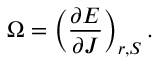
\Omega = \left( \frac { \partial E } { \partial J } \right) _ { r , S } .